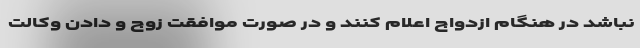
نباشد در هنگام ازدواج اعلام کنند و در صورت موافقت زوج و دادن وکالت